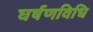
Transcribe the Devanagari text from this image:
घर्षणविधि